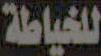
للخياطة